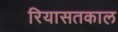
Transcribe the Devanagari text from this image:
रियासतकाल